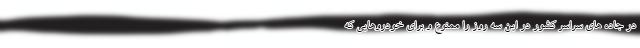
در جاده های سراسر کشور در این سه روز را ممنوع و برای خودروهایی که